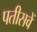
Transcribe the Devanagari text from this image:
पतीसवें